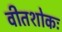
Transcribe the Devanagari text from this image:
वीतशोकः